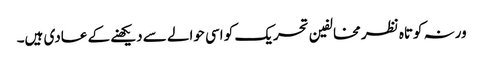
ورنہ کوتاہ نظر مخالفین تحریک کو اسی حوالے سے دیکھنے کے عادی ہیں۔